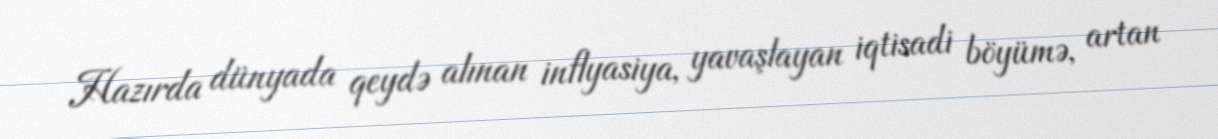
Hazırda dünyada qeydə alınan inflyasiya, yavaşlayan iqtisadi böyümə, artan